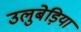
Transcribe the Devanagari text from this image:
उलुबेड़िया